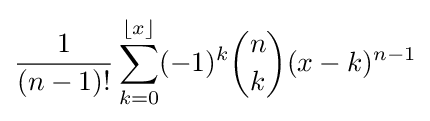
{\frac {1}{(n-1)!}}\sum _{k=0}^{\lfloor x\rfloor }(-1)^{k}{\binom {n}{k}}(x-k)^{n-1}